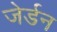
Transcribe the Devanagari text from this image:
जेर्डन